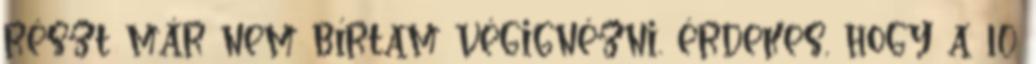
részt már nem bírtam végignézni. érdekes, hogy a 10